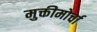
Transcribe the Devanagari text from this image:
मुक्तीमोर्चा